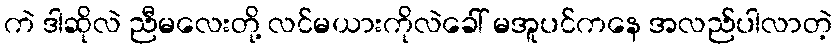
ကဲ ဒါဆိုလဲ ညီမလေးတို့ လင်မယားကိုလဲခေါ် မအူပင်ကနေ အလည်ပါလာတဲ့